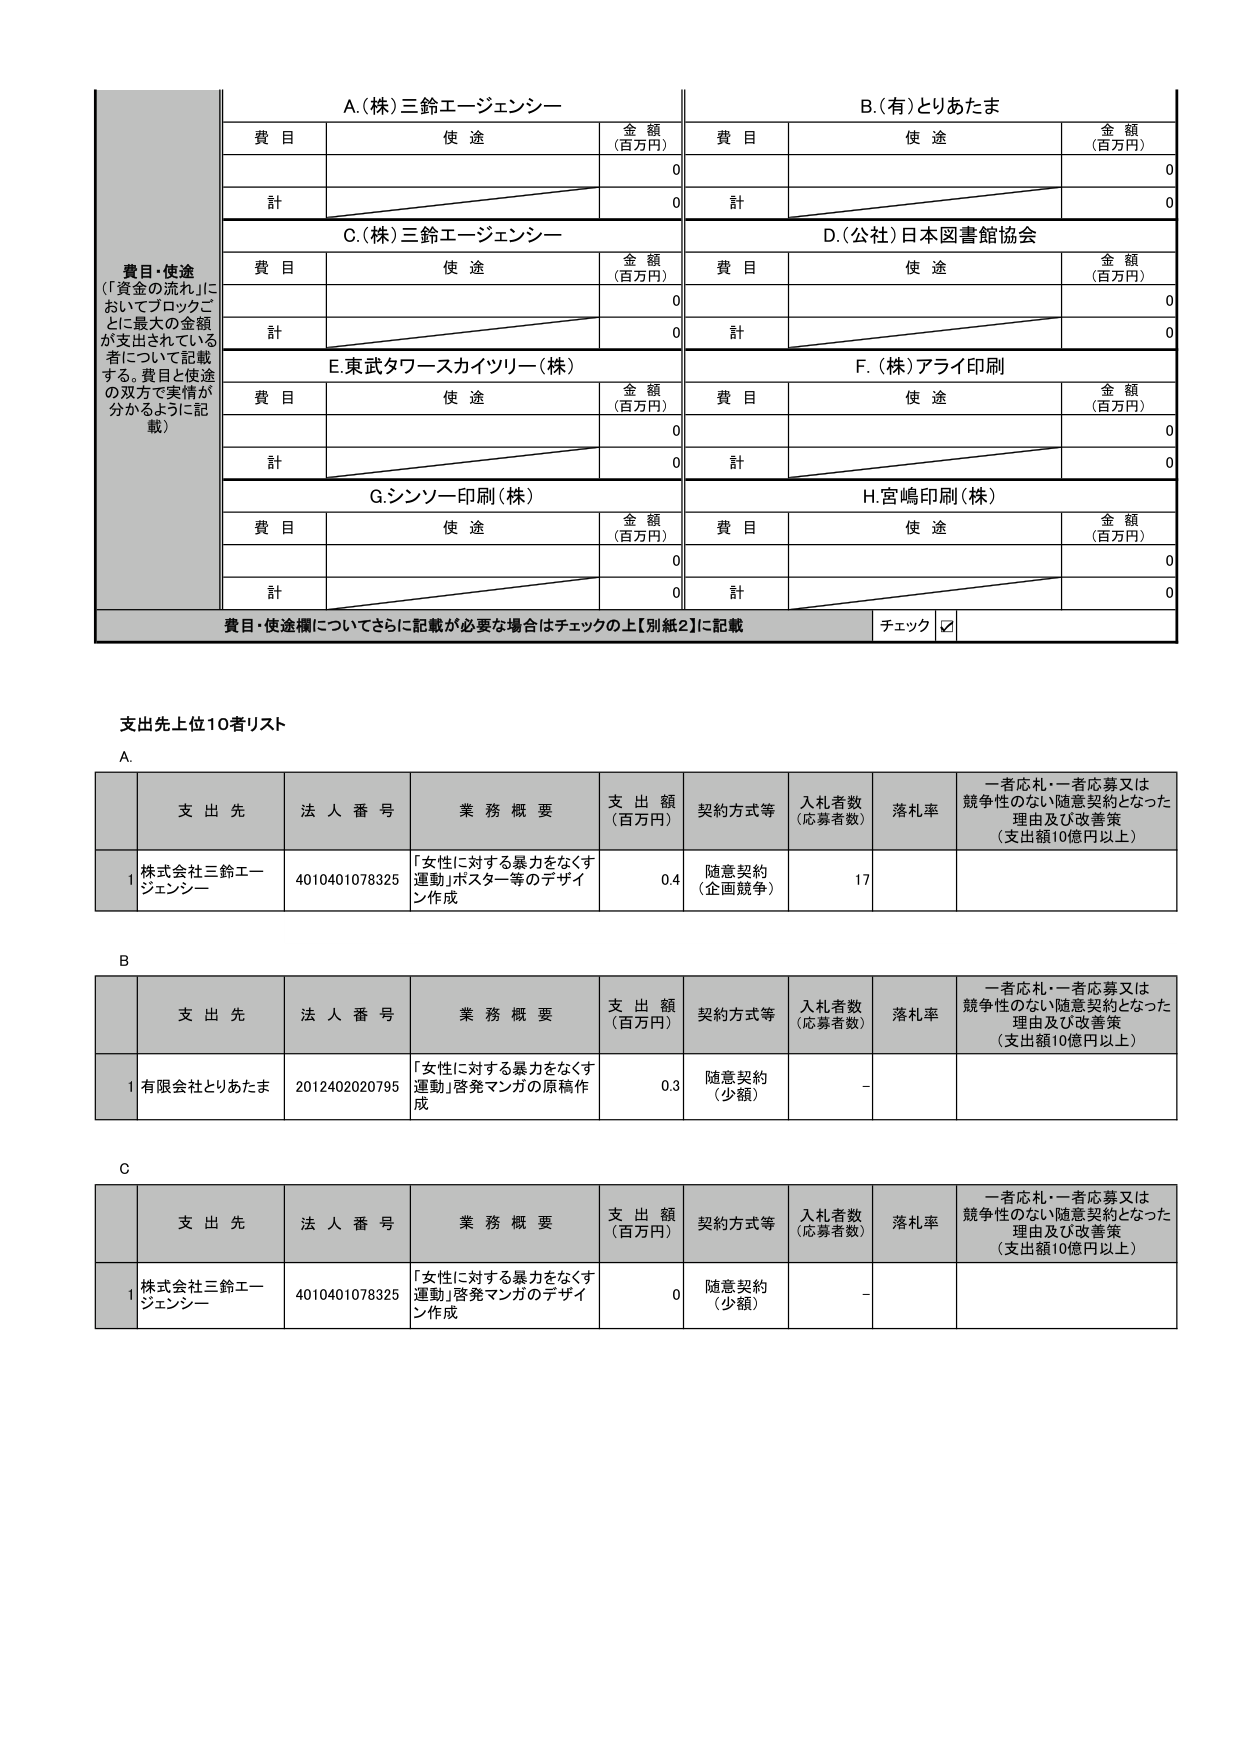
費目・使途
（「資金の流れ」に
おいてブロックご
とに最大の金額
が支出されている
者について記載
する。費目と使途
の双方で実情が
分かるように記
載）

A.（株）三鈴エージェンシー
費目　　使途　　金額（百万円）
　　　　　　　　　0
計　　　　　　　　0

B.（有）とりあたま
費目　　使途　　金額（百万円）
　　　　　　　　　0
計　　　　　　　　0

C.（株）三鈴エージェンシー
費目　　使途　　金額（百万円）
　　　　　　　　　0
計　　　　　　　　0

D.（公社）日本図書館協会
費目　　使途　　金額（百万円）
　　　　　　　　　0
計　　　　　　　　0

E.東武タワースカイツリー（株）
費目　　使途　　金額（百万円）
　　　　　　　　　0
計　　　　　　　　0

F.（株）アライ印刷
費目　　使途　　金額（百万円）
　　　　　　　　　0
計　　　　　　　　0

G.シンソー印刷（株）
費目　　使途　　金額（百万円）
　　　　　　　　　0
計　　　　　　　　0

H.宮嶋印刷（株）
費目　　使途　　金額（百万円）
　　　　　　　　　0
計　　　　　　　　0

費目・使途欄についてさらに記載が必要な場合はチェックの上【別紙2】に記載
チェック ☑

支出先上位10者リスト

A.
　　支出先　　法人番号　　業務概要　　支出額（百万円）　契約方式等　　入札者数（応募者数）　落札率　　一者応札・一者応募又は競争性のない随意契約となった理由及び改善策（支出額10億円以上）
　　1 株式会社三鈴エージェンシー　　4010401078325　　「女性に対する暴力をなくす運動」ポスター等のデザイン作成　　0.4　　随意契約（企画競争）　　17